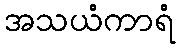
အသယံကာရံ